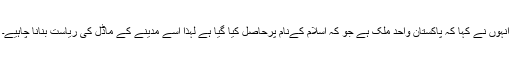
انہوں نے کہا کہ پاکستان واحد ملک ہے جو کہ اسلام کےنام پرحاصل کیا گیا ہے لہذا اسے مدینے کے ماڈل کی ریاست بنانا چاہیے۔